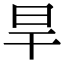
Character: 旱